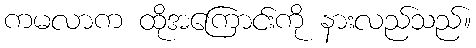
ကမလာက ထိုအကြောင်းကို နားလည်သည်။